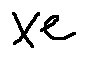
x e